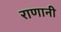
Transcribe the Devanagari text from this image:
राणानी